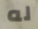
له